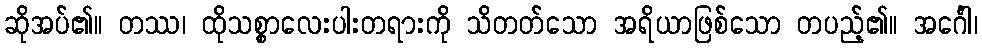
ဆိုအပ်၏။ တဿ၊ ထိုသစ္စာလေးပါးတရားကို သိတတ်သော အရိယာဖြစ်သော တပည့်၏။ အင်္ဂေါ၊